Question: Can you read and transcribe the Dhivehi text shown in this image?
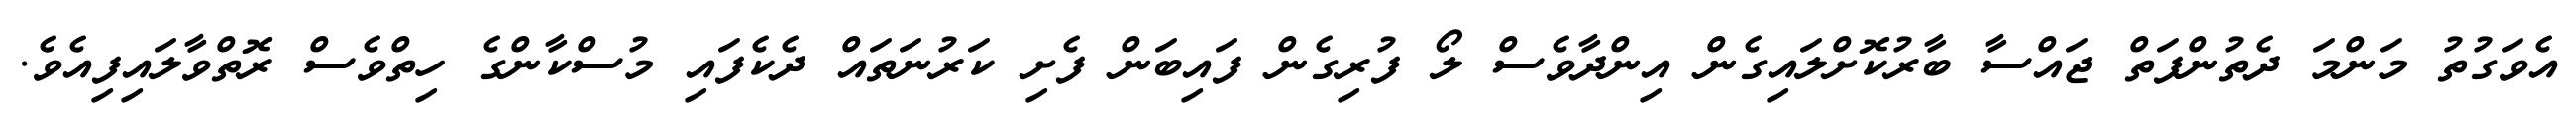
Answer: އެވަގުތު މަންމަ ދެތުންފަތް ޖައްސާ ބާރުކޮށްލައިގެން އިންދާވެސް ލޯ ފުރިގެން ފައިބަން ފެށި ކަރުނަތައް ދެކެފައި މުސްކާންގެ ހިތްވެސް ރޮތްވާލައިފިއެވެ.